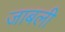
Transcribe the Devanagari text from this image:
जाबली